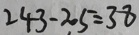
2 4 3 - 2 0 5 = 3 8